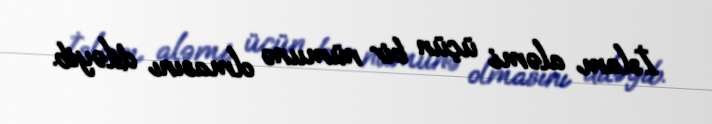
İslam aləmi üçün bir nümunə olmasını diləyib.